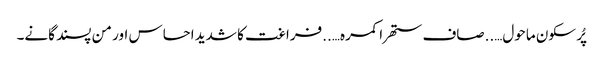
پُر سکون ماحول…..صاف ستھرا کمرہ…..فراغت کا شدید احساس اور من پسند گانے۔